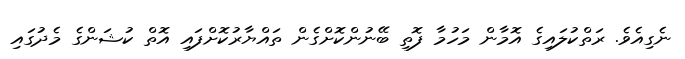
ނެގިއެވެ. ރަތްކުލައިގެ އޮމާން މަހުމާ ފޮތި ބޭނުންކޮށްގެން ތައްޔާރުކޮށްފައި އޮތް ކުޝަންގެ މެދުގައި